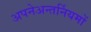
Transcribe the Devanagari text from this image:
अपनेअन्तर्नियमों